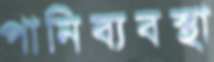
পানিব্যবস্থা